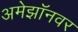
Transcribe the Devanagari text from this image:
अमेझॉनवर